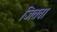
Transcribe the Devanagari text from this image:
जितवा